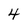
Character: 4